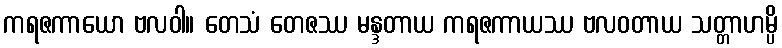
ကရဇကာယော ဗလဝါ။ တေသံ တေဇဿ မန္ဒတာယ ကရဇကာယဿ ဗလဝတာယ သတ္တာဟမ္ပိ